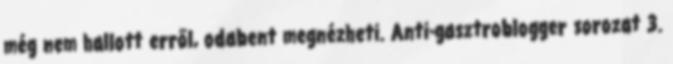
még nem hallott erről, odabent megnézheti. Anti-gasztroblogger sorozat 3.